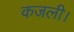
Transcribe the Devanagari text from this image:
कजली।